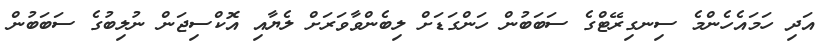
އަދި ހަމައެހެންމެ ސިނގިރޭޓްގެ ސަބަބުން ހަންގަޑަށް ލިބެންވާވަަރަށް ލެޔާއި އޮކްސިޖަން ނުލިބުގެ ސަބަބުން